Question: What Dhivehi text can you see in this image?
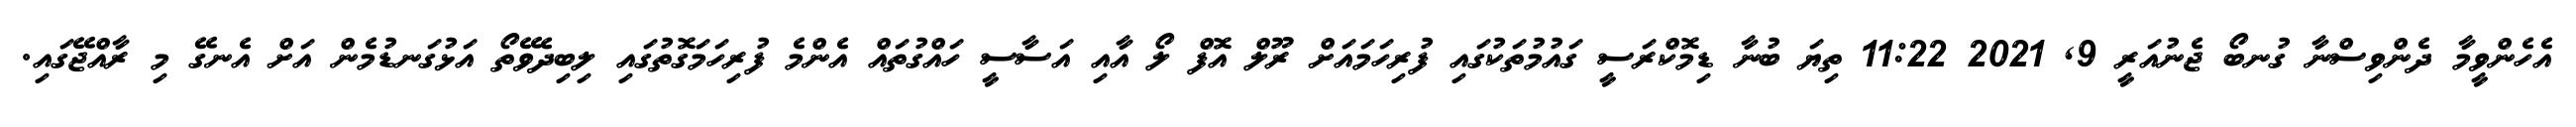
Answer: އެހެންވީމާ ދެންވިސްނާ ގުނބޯ ޖެނުއަރީ 9, 2021 11:22 ތިޔަ ބުނާ ޑިމޮކްރަސީ ގައުމުތަކުގައި ފުރިހަމައަށް ރޫލް އޮފް ލޯ އާއި އަސާސީ ހައްގުތައް އެންމެ ފުރިހަމަގޮތުގައި ލިބިދެވޭތޯ އަޅުގަނޑުމެން އަށް އެނގޭ މި ރާއްޖޭގައި.